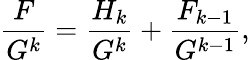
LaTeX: {\frac{F}{G^{k}}}={\frac{H_{k}}{G^{k}}}+{\frac{F_{k-1}}{G^{k-1}}},